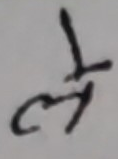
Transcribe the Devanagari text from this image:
ले